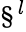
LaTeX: \S^{l}